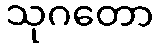
သုဂတော